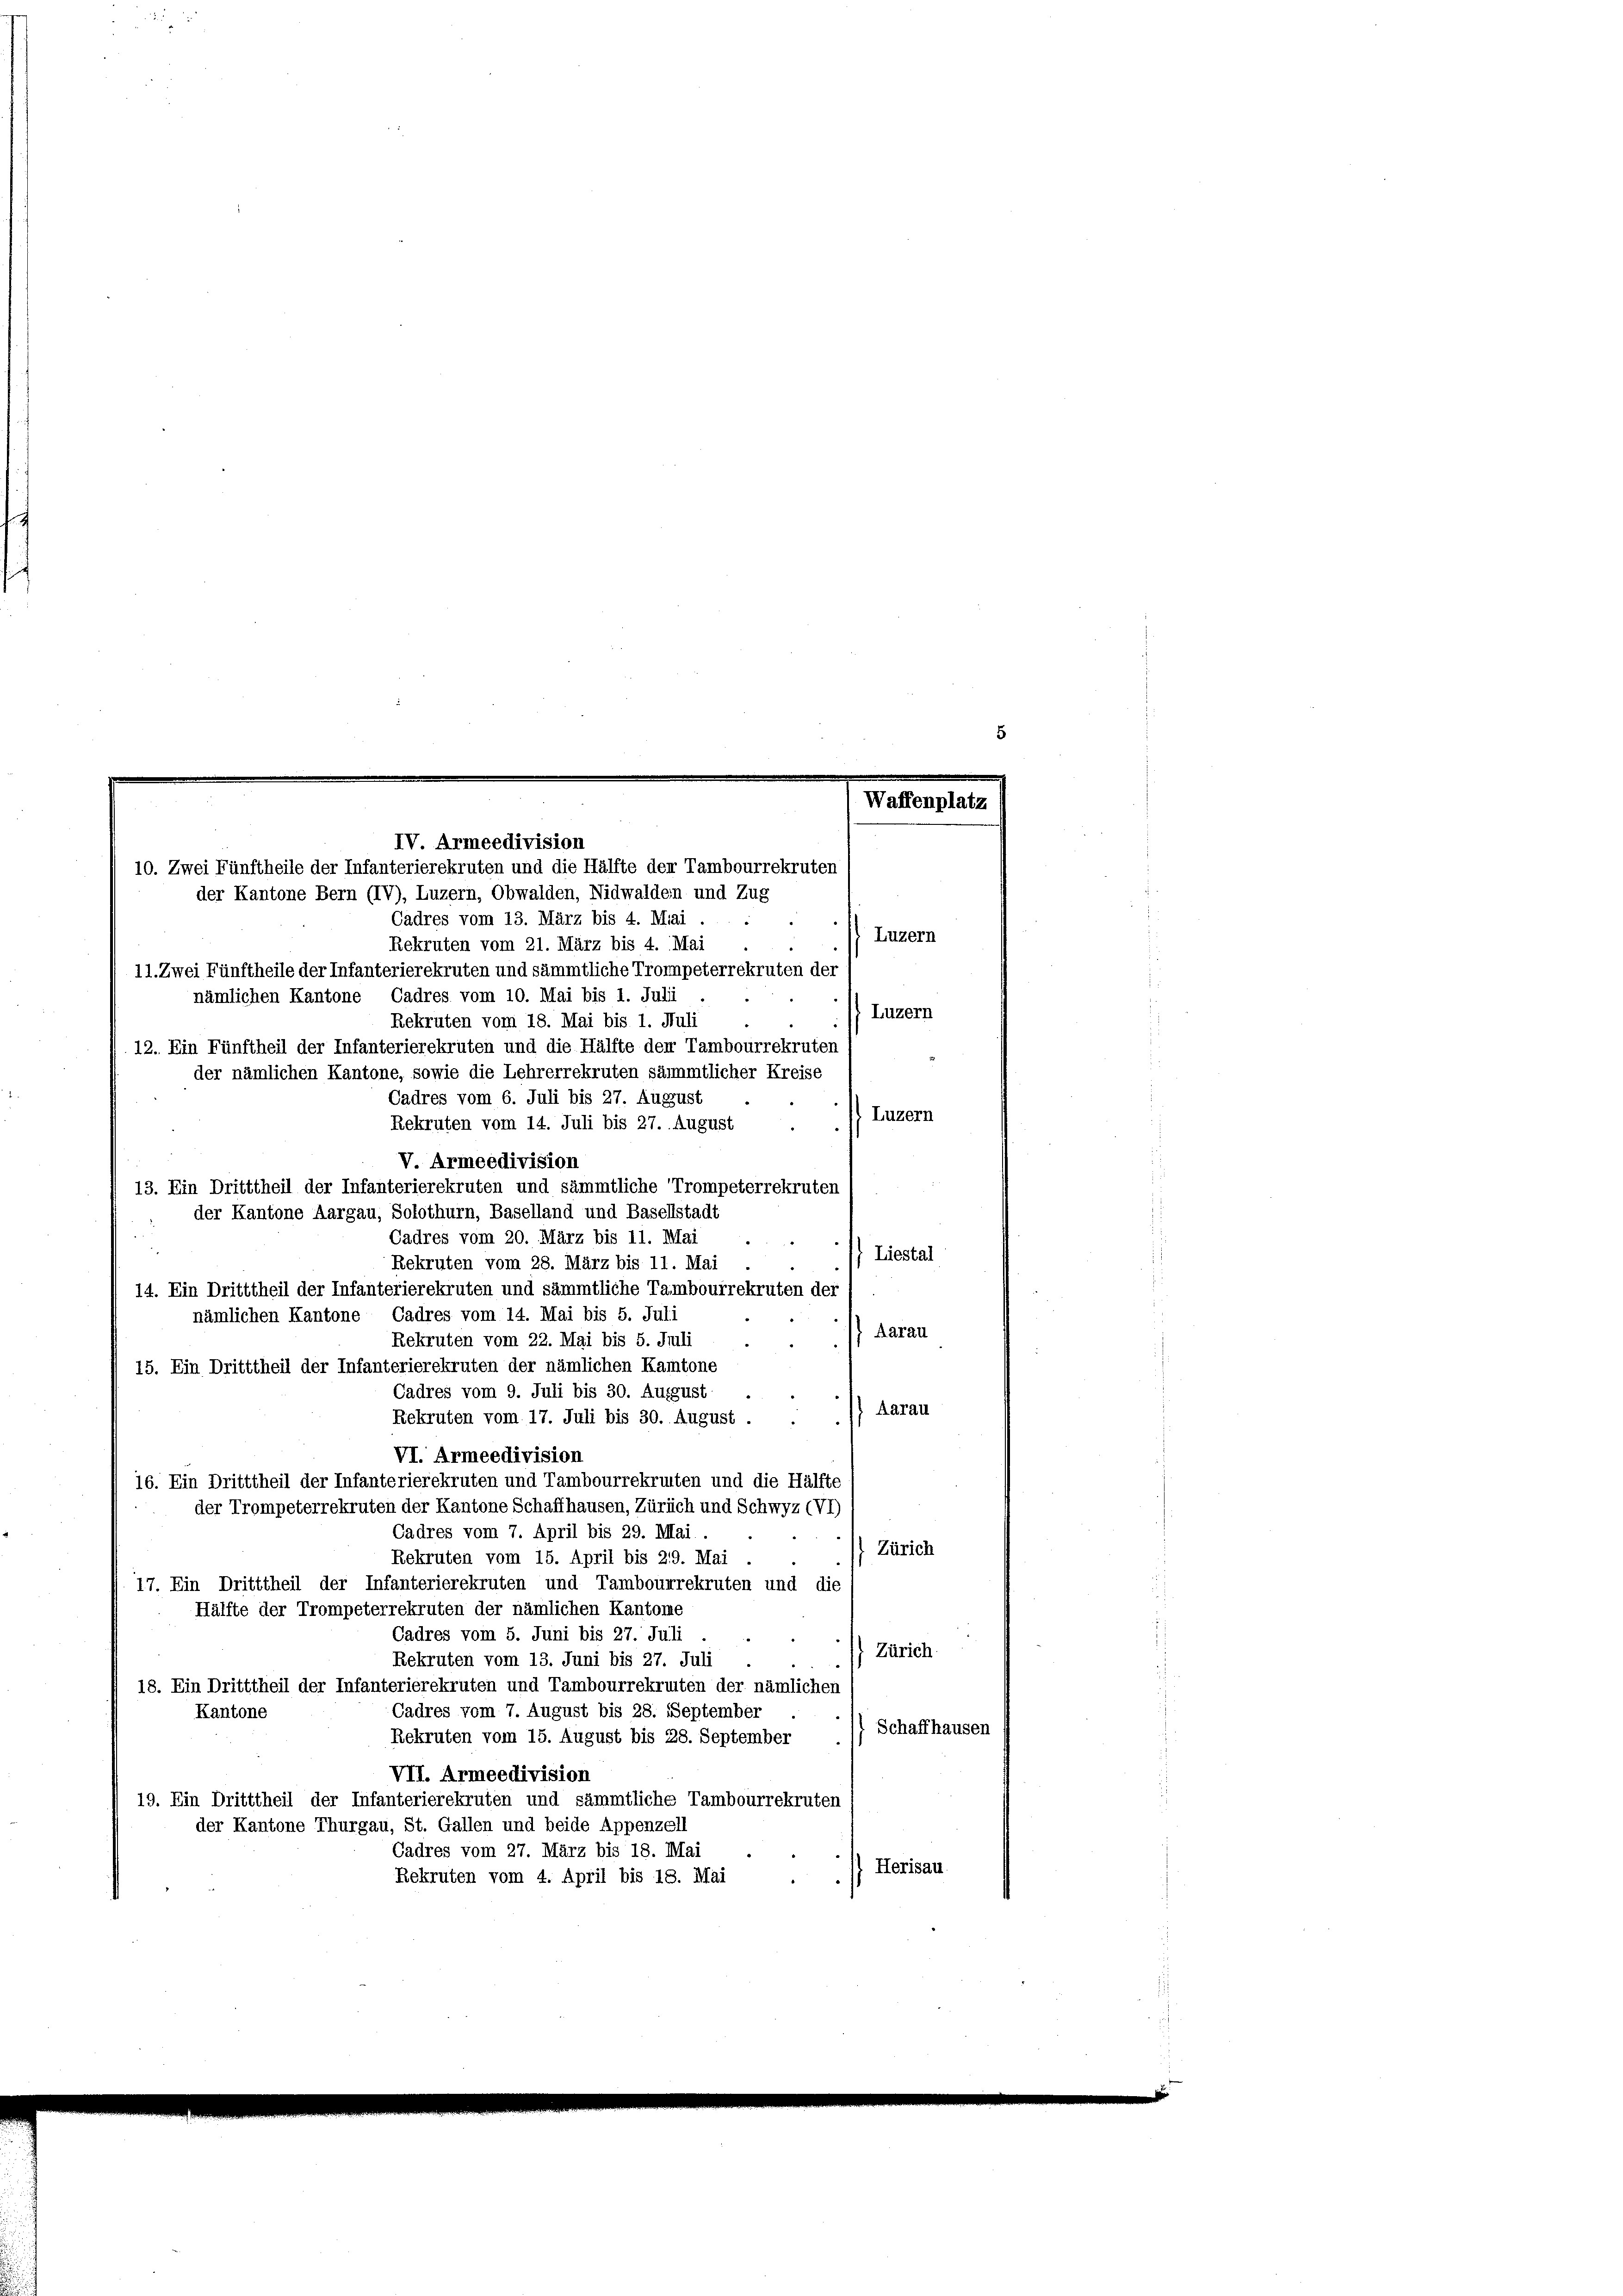
IV. Armeedivision
10. Zwei Fünftheile der Infanterierekruten und die Hälfte der Tambourrekruten
der Kantone Bern (IV), Luzern, Obwalden, Nidwaldein und Zug

Waffenplatz

Cadres vom 13. März bis 4. Miai . .
Luzern
Rekruten vom 21. März bis 4. Mai
11. Zwei Fünftheile der Infanterierekruten und sämmtliche Trompeterrekruten der
nämlichen Kantone Cadres vom 10. Mai bis 1. Juli
Luzern
Rekruten vom 18. Mai bis 1. Juli
12. Ein Fünftheil der Infanterierekruten und die Hälfte der Tambourrekruten
der nämlichen Kantone, sowie die Lehrerrekruten sämmtlicher Kreise
Cadres vom 6. Juli bis 27. August
Luzern
Rekruten vom 14. Juli bis 27. August
V. Armeedivision
13. Ein Dritttheil der Infanterierekruten und sämmtliche Trompeterrekruten
der Kantone Aargau, Solothurn, Baselland und Basellstadt
Cadres vom 20. März bis 11. Mai
Liestal
Rekruten vom 28. März bis 11. Mai
14. Ein Dritttheil der Infanterierekruten und sämmtliche Tambourrekruten der
nämlichen Kantone Cadres vom 14. Mai bis 5. Juli
Aarau
Rekruten vom 22. Mai bis 5. Juli
15. Ein Dritttheil der Infanterierekruten der nämlichen Kantone
Cadres vom 9. Juli bis 30. August
Aarau
Rekruten vom 17. Juli bis 30. August.
VI. Armeedivision
16. Ein Dritttheil der Infanterierekruten und Tambourrekruten und die Hälfte
der Trompeterrekruten der Kantone Schaffhausen, Zürich und Schwyz (VI
Cadres vom 7. April bis 29. Mai.
Zürich
Rekruten vom 15. April bis 219. Mai
17. Ein Dritttheil der Infanterierekruten und Tambourrekruten und die
Hälfte der Trompeterrekruten der nämlichen Kantone
Cadres vom 5. Juni bis 27. Juli
Zürich
Rekruten vom 13. Juni bis 27. Juli
18. Ein Dritttheil der Infanterierekruten und Tambourrekruten der nämlichen
Cadres vom 7. August bis 28. September
Kantone
 Schaffhausen
Rekruten vom 15. August bis 28. September
VII. Armeedivision
19. Ein Dritttheil der Infanterierekruten und sämmtliche Tambourrekruten
der Kantone Thurgau, St. Gallen und beide Appenzell
Cadres vom 27. März bis 18. Mai
Herisau
Rekruten vom 4. April bis 18. Mai